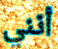
أنني